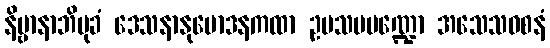
နိဗ္ဗာနာဘိမုခံ ဒေသနာနုမောဒနကထာ ဥပသမမဏ္ဍော အသေသဝစနံ